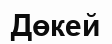
Дөкей